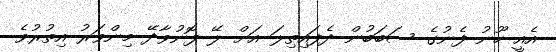
އެއީ ހޫނު ފެނުގެ ސަބަބުން ދެފައިތިލަ އަށް ލޭ ފޮނުވާދޭ މިންވަރު އިތުރުވެ